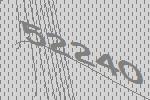
52240